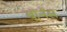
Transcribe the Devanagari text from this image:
बॉर्नस